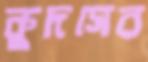
কুদসের